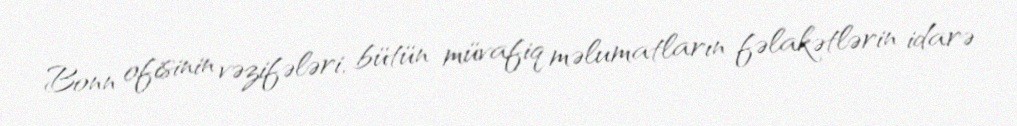
Bonn ofisinin vəzifələri, bütün müvafiq məlumatların fəlakətlərin idarə